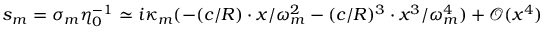
s _ { m } = \sigma _ { m } \eta _ { 0 } ^ { - 1 } \simeq i \kappa _ { m } ( - ( c / R ) \cdot x / \omega _ { m } ^ { 2 } - ( c / R ) ^ { 3 } \cdot x ^ { 3 } / \omega _ { m } ^ { 4 } ) + \mathcal { O } ( x ^ { 4 } )